Leaving Certificate, 1901
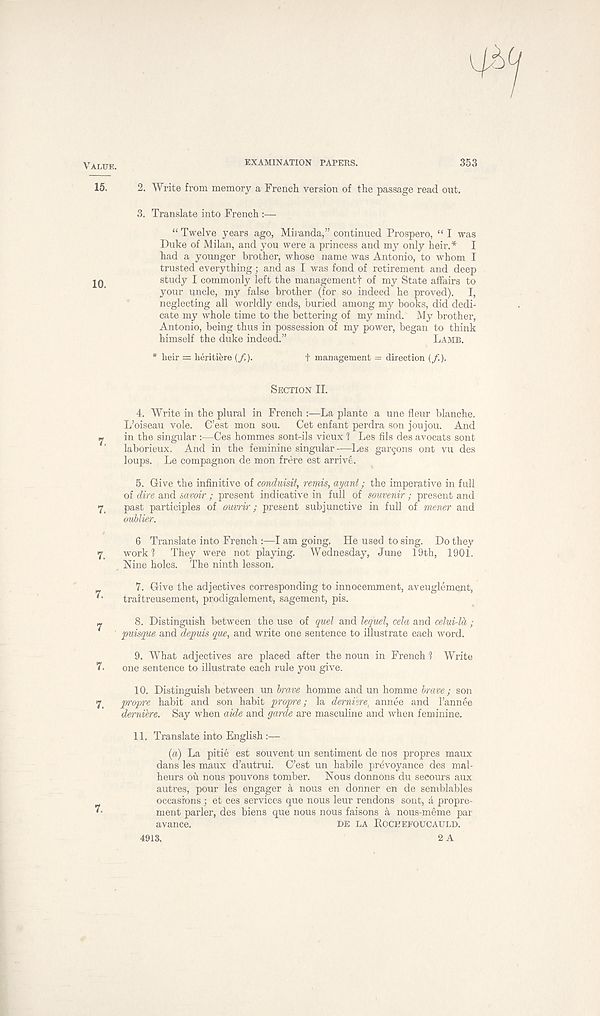
VALUE.
15.
10.
7.
7.
7.
7.
7
7.
7.
7.
EXAMINATION PAPERS.
353
2. Write from memory a French version of the passage read out.
3. Translate into French :—
“ Twelve years ago, Miranda,” continued Prospero, “ I was
Duke of Milan, and you were a princess and my only heir.* I
had a younger brother, whose name was Antonio, to whom I
trusted everything; and as I was fond of retirement and deep
study I commonly left the management! of my State affairs to
your uncle, my false brother (for so indeed he proved). I,
neglecting all worldly ends, buried among my books, did dedi-
cate my whole time to the bettering of my mind. My brother,
Antonio, being thus in possession of my power, began to think
himself the duke indeed.”
LAMB.
* heir = heritiere (/,).
f management = direction (/.),
SECTION II.
4. Write in the plural in French :—La plante a une fleur blanche.
L’oiseau vole. C’est mon sou.
Get enfant perdra son joujou. And
in the singular :—Ces hommes sont-ils vieux 1 Les fils des avocats sont
laborieux. And in the feminine singular—Les gallons ont vu des
loups. Le compagnon de mon frere est arrive.
5. Give the infinitive of conduisit, remis, ayant; the imperative in full
of dire and savoir; present indicative in full of souvenir ; present and
past participles of ouvrir; present subjunctive in full of mener and
oublier.
6 Translate into French :—I am going. He used to sing. Do they
work?
They were not playing. Wednesday, June 19th, 1901.
Nine holes. The ninth lesson,
7. Give the adjectives corresponding to innocemment, aveuglement,
traitreusement, prodigalement, sagement, pis.
8. Distinguish between the use of quel and leqiiel, cela and celui-la ;
puisque and depuis que, and write one sentence to illustrate each word.
9. What adjectives are placed after the noun in French 1 Write
one sentence to illustrate each rule you give.
10. Distinguish between un brave homme and un homme brave; son
propre habit and son habit propre; la demure{ annee and Fannee
dyernihre. Say when aide and garde are masculine and when feminine.
11. Translate into English :—
(a) La pitie est souvent un sentiment de nos propres maux
dans les maux d’autrui. C’est un habile prevoyance des mal-
heurs ou nous pouvons tomber.
Nous donnons du secours aux
autres, pour les engager 4 nous en donner en de semblables
occasions ; et ces services que nous leur rendons sont, a propre-
ment parler, des biens que nous nous faisons a nous-meme par
avance.
DE LA ROCHEFOUCAULD.
4913,
2 A